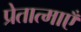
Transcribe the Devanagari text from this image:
प्रेतात्माएँ